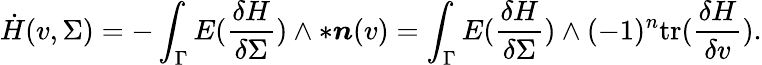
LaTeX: \dot{H}(v,\Sigma)=-\int_{\Gamma}E(\frac{\delta H}{\delta\Sigma})\wedge\ast\boldsymbol{n}(v)=\int_{\Gamma}E(\frac{\delta H}{\delta\Sigma})\wedge(-1)^{n}\mathrm{tr}(\frac{\delta H}{\delta v}).